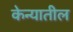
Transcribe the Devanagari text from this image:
केन्यातील